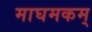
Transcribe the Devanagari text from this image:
माघमकम्